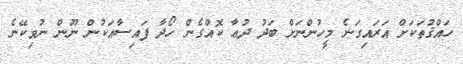
ހައްޤުތަކަށް އަރައިގަނެ މީހުންނަށް ބަދު ދުޢާ ކޮއްގެން ހޯދާ ފައިސާއަކުން ނޫން ނުވިކޭނެ